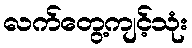
လက်တွေ့ကျင့်သုံး